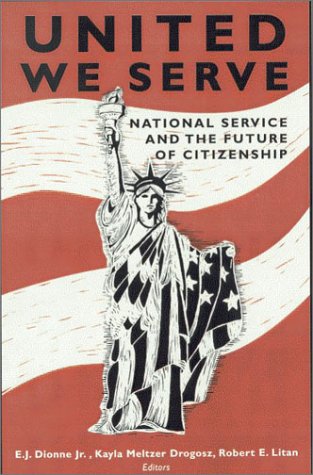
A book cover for United We Serve: National Service and the Future of Citizenship; Business & Money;